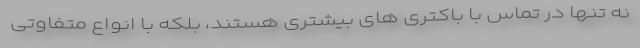
نه تنها در تماس با باکتری های بیشتری هستند، بلکه با انواع متفاوتی